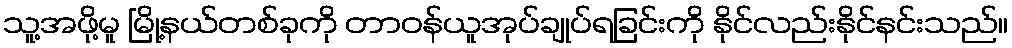
သူ့အဖို့မူ မြို့နယ်တစ်ခုကို တာဝန်ယူအုပ်ချုပ်ရခြင်းကို နိုင်လည်းနိုင်နင်းသည်။